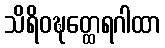
သိရိဝဍ္ဎတ္ထေရဂါထာ